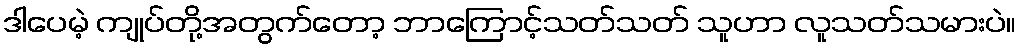
ဒါပေမဲ့ ကျုပ်တို့အတွက်တော့ ဘာကြောင့်သတ်သတ် သူဟာ လူသတ်သမားပဲ။